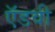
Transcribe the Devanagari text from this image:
ऍडवी